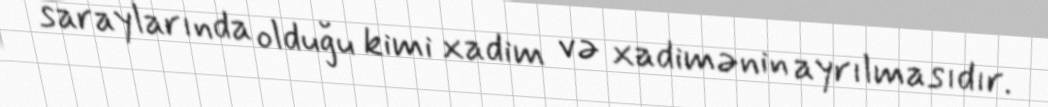
saraylarında olduğu kimi xadim və xadimənin ayrılmasıdır.